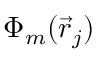
\Phi _ { m } ( \vec { r } _ { j } )